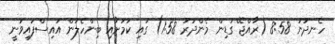
ހެނދުނު 8:58 (ރާއްޖޭ ގަޑިން މެންދުރު 1:58) ގައި ކަމަށާއި ބިންހެލުން އައިސްފައިވަނީ